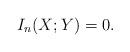
LaTeX: \begin{align*} I_n(X;Y)=0.\end{align*}